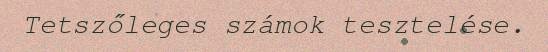
Tetszőleges számok tesztelése.